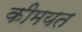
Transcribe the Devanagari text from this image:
कीमयत